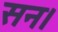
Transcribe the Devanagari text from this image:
सन।